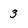
Character: 3